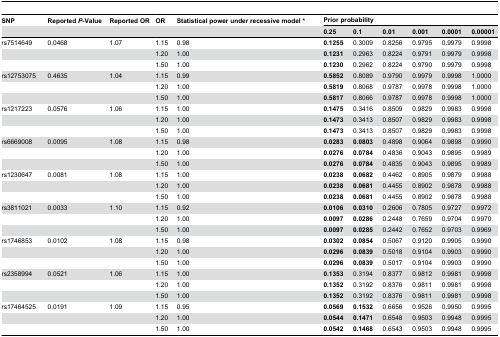
<table><thead><tr><td><b>SNP</b></td><td><b>Reported <i>P</i>-Value</b></td><td><b>Reported OR</b></td><td><b>OR</b></td><td><b>Statistical power under recessive model *</b></td><td colspan="6"><b>Prior probability</b></td></tr><tr><td></td><td></td><td></td><td></td><td></td><td><b>0.25</b></td><td><b>0.1</b></td><td><b>0.01</b></td><td><b>0.001</b></td><td><b>0.0001</b></td><td><b>0.00001</b></td></tr></thead><tbody><tr><td>rs7514649</td><td>0.0468</td><td>1.07 </td><td>1.15 </td><td>0.98 </td><td><b>0.1255</b></td><td>0.3009 </td><td>0.8256 </td><td>0.9795 </td><td>0.9979 </td><td>0.9998 </td></tr><tr><td></td><td></td><td></td><td>1.20 </td><td>1.00 </td><td><b>0.1231</b></td><td>0.2963 </td><td>0.8224 </td><td>0.9791 </td><td>0.9979 </td><td>0.9998 </td></tr><tr><td></td><td></td><td></td><td>1.50 </td><td>1.00 </td><td><b>0.1230</b></td><td>0.2962 </td><td>0.8224 </td><td>0.9790 </td><td>0.9979 </td><td>0.9998 </td></tr><tr><td>rs12753075</td><td>0.4635</td><td>1.04 </td><td>1.15 </td><td>0.99 </td><td><b>0.5852</b></td><td>0.8089 </td><td>0.9790 </td><td>0.9979 </td><td>0.9998 </td><td>1.0000 </td></tr><tr><td></td><td></td><td></td><td>1.20 </td><td>1.00 </td><td><b>0.5819</b></td><td>0.8068 </td><td>0.9787 </td><td>0.9978 </td><td>0.9998 </td><td>1.0000 </td></tr><tr><td></td><td></td><td></td><td>1.50 </td><td>1.00 </td><td><b>0.5817</b></td><td>0.8066 </td><td>0.9787 </td><td>0.9978 </td><td>0.9998 </td><td>1.0000 </td></tr><tr><td>rs1217223</td><td>0.0576</td><td>1.06 </td><td>1.15 </td><td>1.00 </td><td><b>0.1475</b></td><td>0.3416 </td><td>0.8509 </td><td>0.9829 </td><td>0.9983 </td><td>0.9998 </td></tr><tr><td></td><td></td><td></td><td>1.20 </td><td>1.00 </td><td><b>0.1473</b></td><td>0.3413 </td><td>0.8507 </td><td>0.9829 </td><td>0.9983 </td><td>0.9998 </td></tr><tr><td></td><td></td><td></td><td>1.50 </td><td>1.00 </td><td><b>0.1473</b></td><td>0.3413 </td><td>0.8507 </td><td>0.9829 </td><td>0.9983 </td><td>0.9998 </td></tr><tr><td>rs6669008</td><td>0.0095</td><td>1.08 </td><td>1.15 </td><td>0.98 </td><td><b>0.0283</b></td><td><b>0.0803</b></td><td>0.4898 </td><td>0.9064 </td><td>0.9898 </td><td>0.9990 </td></tr><tr><td></td><td></td><td></td><td>1.20 </td><td>1.00 </td><td><b>0.0276</b></td><td><b>0.0784</b></td><td>0.4836 </td><td>0.9043 </td><td>0.9895 </td><td>0.9989 </td></tr><tr><td></td><td></td><td></td><td>1.50 </td><td>1.00 </td><td><b>0.0276</b></td><td><b>0.0784</b></td><td>0.4835 </td><td>0.9043 </td><td>0.9895 </td><td>0.9989 </td></tr><tr><td>rs1230647</td><td>0.0081</td><td>1.08 </td><td>1.15 </td><td>1.00 </td><td><b>0.0238</b></td><td><b>0.0682</b></td><td>0.4462 </td><td>0.8905 </td><td>0.9879 </td><td>0.9988 </td></tr><tr><td></td><td></td><td></td><td>1.20 </td><td>1.00 </td><td><b>0.0238</b></td><td><b>0.0681</b></td><td>0.4455 </td><td>0.8902 </td><td>0.9878 </td><td>0.9988 </td></tr><tr><td></td><td></td><td></td><td>1.50 </td><td>1.00 </td><td><b>0.0238</b></td><td><b>0.0681</b></td><td>0.4455 </td><td>0.8902 </td><td>0.9878 </td><td>0.9988 </td></tr><tr><td>rs3811021</td><td>0.0033</td><td>1.10 </td><td>1.15 </td><td>0.92 </td><td><b>0.0106</b></td><td><b>0.0310</b></td><td>0.2606 </td><td>0.7805 </td><td>0.9727 </td><td>0.9972 </td></tr><tr><td></td><td></td><td></td><td>1.20 </td><td>1.00 </td><td><b>0.0097</b></td><td><b>0.0286</b></td><td>0.2448 </td><td>0.7659 </td><td>0.9704 </td><td>0.9970 </td></tr><tr><td></td><td></td><td></td><td>1.50 </td><td>1.00 </td><td><b>0.0097</b></td><td><b>0.0285</b></td><td>0.2442 </td><td>0.7652 </td><td>0.9703 </td><td>0.9969 </td></tr><tr><td>rs1746853</td><td>0.0102</td><td>1.08 </td><td>1.15 </td><td>0.98 </td><td><b>0.0302</b></td><td><b>0.0854</b></td><td>0.5067 </td><td>0.9120 </td><td>0.9905 </td><td>0.9990 </td></tr><tr><td></td><td></td><td></td><td>1.20 </td><td>1.00 </td><td><b>0.0296</b></td><td><b>0.0839</b></td><td>0.5018 </td><td>0.9104 </td><td>0.9903 </td><td>0.9990 </td></tr><tr><td></td><td></td><td></td><td>1.50 </td><td>1.00 </td><td><b>0.0296</b></td><td><b>0.0839</b></td><td>0.5017 </td><td>0.9104 </td><td>0.9903 </td><td>0.9990 </td></tr><tr><td>rs2358994</td><td>0.0521</td><td>1.06 </td><td>1.15 </td><td>1.00 </td><td><b>0.1353</b></td><td>0.3194 </td><td>0.8377 </td><td>0.9812 </td><td>0.9981 </td><td>0.9998 </td></tr><tr><td></td><td></td><td></td><td>1.20 </td><td>1.00 </td><td><b>0.1352</b></td><td>0.3192 </td><td>0.8376 </td><td>0.9811 </td><td>0.9981 </td><td>0.9998 </td></tr><tr><td></td><td></td><td></td><td>1.50 </td><td>1.00 </td><td><b>0.1352</b></td><td>0.3192 </td><td>0.8376 </td><td>0.9811 </td><td>0.9981 </td><td>0.9998 </td></tr><tr><td>rs17464525</td><td>0.0191</td><td>1.09 </td><td>1.15 </td><td>0.95 </td><td><b>0.0569</b></td><td><b>0.1532</b></td><td>0.6656 </td><td>0.9526 </td><td>0.9950 </td><td>0.9995 </td></tr><tr><td></td><td></td><td></td><td>1.20 </td><td>1.00 </td><td><b>0.0544</b></td><td><b>0.1471</b></td><td>0.6548 </td><td>0.9503 </td><td>0.9948 </td><td>0.9995 </td></tr><tr><td></td><td></td><td></td><td>1.50 </td><td>1.00 </td><td><b>0.0542</b></td><td><b>0.1468</b></td><td>0.6543 </td><td>0.9503 </td><td>0.9948 </td><td>0.9995 </td></tr></tbody></table>